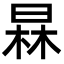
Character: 𣇰